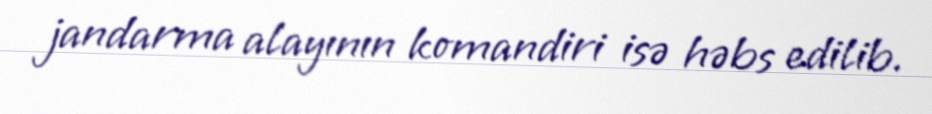
jandarma alayının komandiri isə həbs edilib.